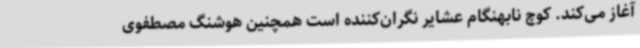
آغاز می‌کند. کوچ نابهنگام عشایر نگران‌کننده است همچنین هوشنگ مصطفوی